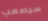
سيصعب